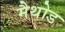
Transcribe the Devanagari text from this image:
मैथोड